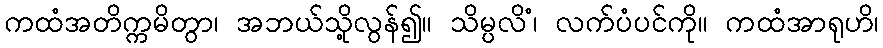
ကထံအတိက္ကမိတွာ၊ အဘယ်သို့လွန်၍။ သိမ္ပလိံ၊ လက်ပံပင်ကို။ ကထံအာရုဟိ၊